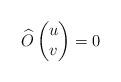
LaTeX: \begin{align*} \widehat{O}\left( \begin{matrix} u \\ v \\\end{matrix} \right)=0\end{align*}